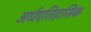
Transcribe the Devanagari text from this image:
अर्धएतिहासिक